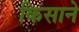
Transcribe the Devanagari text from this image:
किसाने